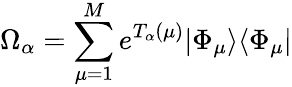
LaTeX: \Omega_{\alpha}=\sum_{\mu=1}^{M}e^{T_{\alpha}(\mu)}|\Phi_{\mu}\rangle\langle\Phi_{\mu}|